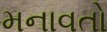
મનાવતો